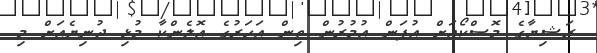
ރަޝިޔާގެ މޮސްކޯއަށް އުފަން އުމުރުން ތިން އަހަރުގެ އޮލެންކާ މުޅި ދުނިޔެއަށް މި